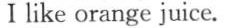
Ⅰ like orange juice.